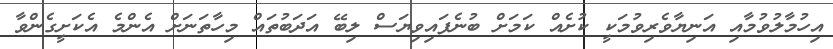
އިހުމާލުވުމާއި އަނިޔާވެރިވުމަކީ ކުށެއް ކަމަށް ބުނެފައިވިޔަސް ލިބޭ އަދަބުތައް މިހާތަނަށް އެންމެ އެކަށީގެންވާ